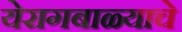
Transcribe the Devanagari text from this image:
येरागबाळ्याचे